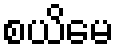
စယိမေ